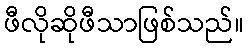
ဖီလိုဆိုဖီသာဖြစ်သည်။